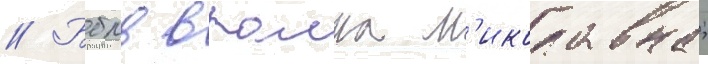
// Бблв втална м'иколавна;